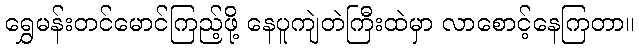
ရွှေမန်းတင်မောင်ကြည့်ဖို့ နေပူကျဲတဲကြီးထဲမှာ လာစောင့်နေကြတာ။